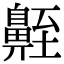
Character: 𪖣